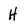
Character: H